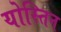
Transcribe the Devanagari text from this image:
योस्तिन